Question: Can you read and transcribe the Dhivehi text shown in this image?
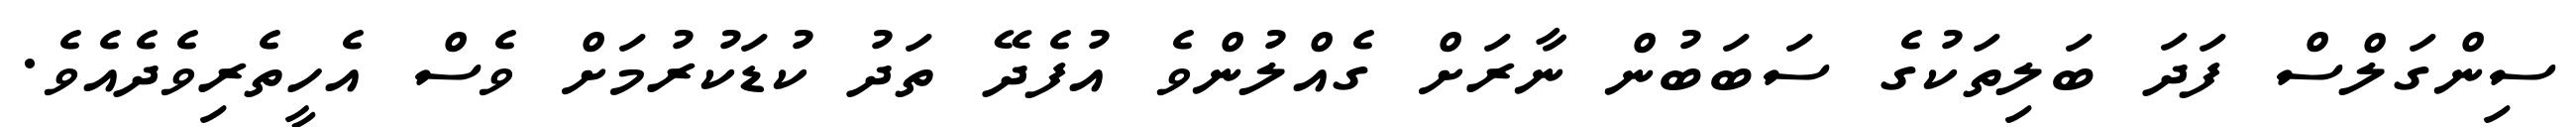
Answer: ސިންގަލްސް ފަދަ ބަލިތަކުގެ ސަބަބުން ނާރަށް ގެއްލުންވެ އުފެދޭ ތަދު ކުޑަކުރުމަށް ވެސް އެހީތެރިވެދެއެވެ.